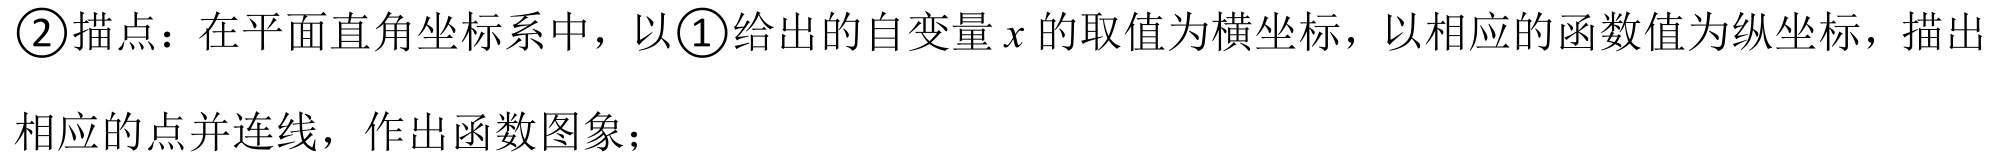
\textcircled{2}描点：在平面直角坐标系中，以\textcircled{1}给出的自变量\(x\)的取值为横坐标，以相应的函数值为纵坐标，描出
相应的点并连线，作出函数图象；